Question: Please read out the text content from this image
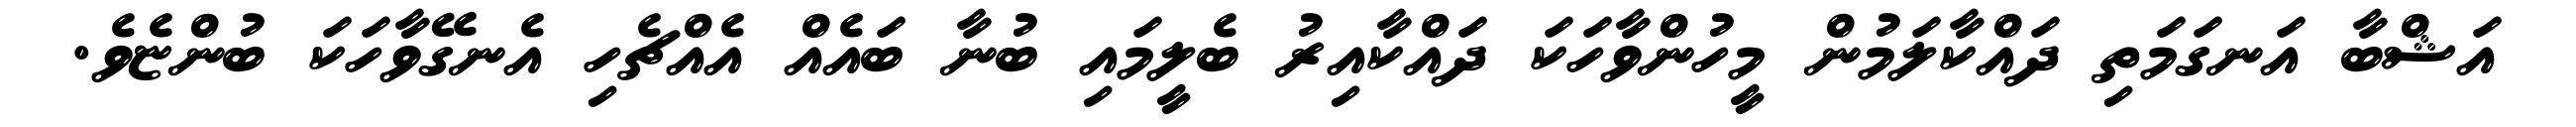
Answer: އަޝްބާ އަނގަމަތި ދައްކާލަމުން މީހުންވާހަކަ ދައްކާއިރު ބެލީމައި ބުނާ ބައެއް އެއްޗެހި އެނގޭވާހަކަ ބުންޏެވެ.